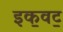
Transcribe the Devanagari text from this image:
इक॒वट॒